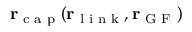
{ \bf r } _ { \textrm { c a p } } ( { \bf r } _ { \textrm { l i n k } } , { \bf r } _ { \textrm { G F } } )